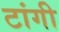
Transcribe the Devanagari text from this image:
टांगी